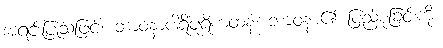
အရင်းပြုသဖြင့်။ ဘာဝနာပါရိပူရိကထနံ၊ ဘာဝနာ၏ ပြည့်စုံခြင်းကို